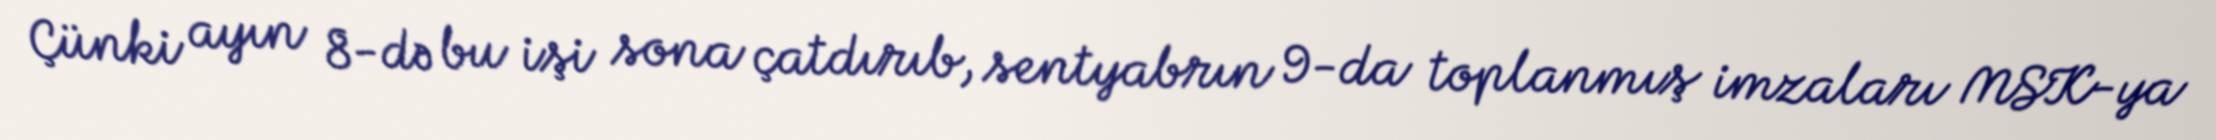
Çünki ayın 8-də bu işi sona çatdırıb, sentyabrın 9-da toplanmış imzaları MSK-ya